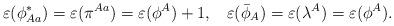
LaTeX: \begin{align*} \varepsilon(\phi_{Aa}^*)=\varepsilon(\pi^{Aa})=\varepsilon(\phi^A)+1, \;\;\; \varepsilon(\bar{\phi}_A)=\varepsilon({\lambda}^A)=\varepsilon(\phi^A).\end{align*}